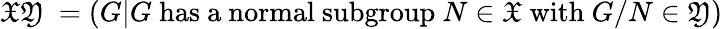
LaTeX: {\mathfrak{X}}{\mathfrak{Y}}~=(G|G{\mathrm{~has~a~normal~subgroup~}}N\in{\mathfrak{X}}{\mathrm{~with~}}G/N\in{\mathfrak{Y}})